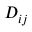
D _ { i j }